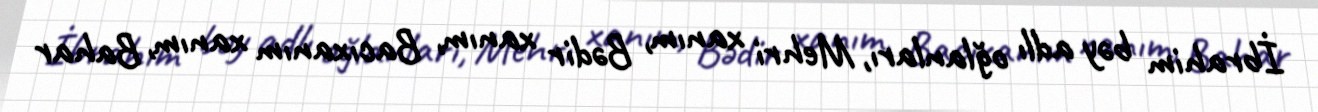
İbrahim bəy adlı oğlanları, Mehri xanım, Bədir xanım, Bacıxanım xanım, Bahar